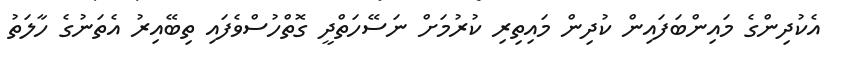
އެކުދިންގެ މައިންބަފައިން ކުދިން މައިތިރި ކުރުމަށް ނަސޭހަތްދީ ގޮތްހުސްވެފައި ތިބޭއިރު އެތަނުގެ ހާލަތު